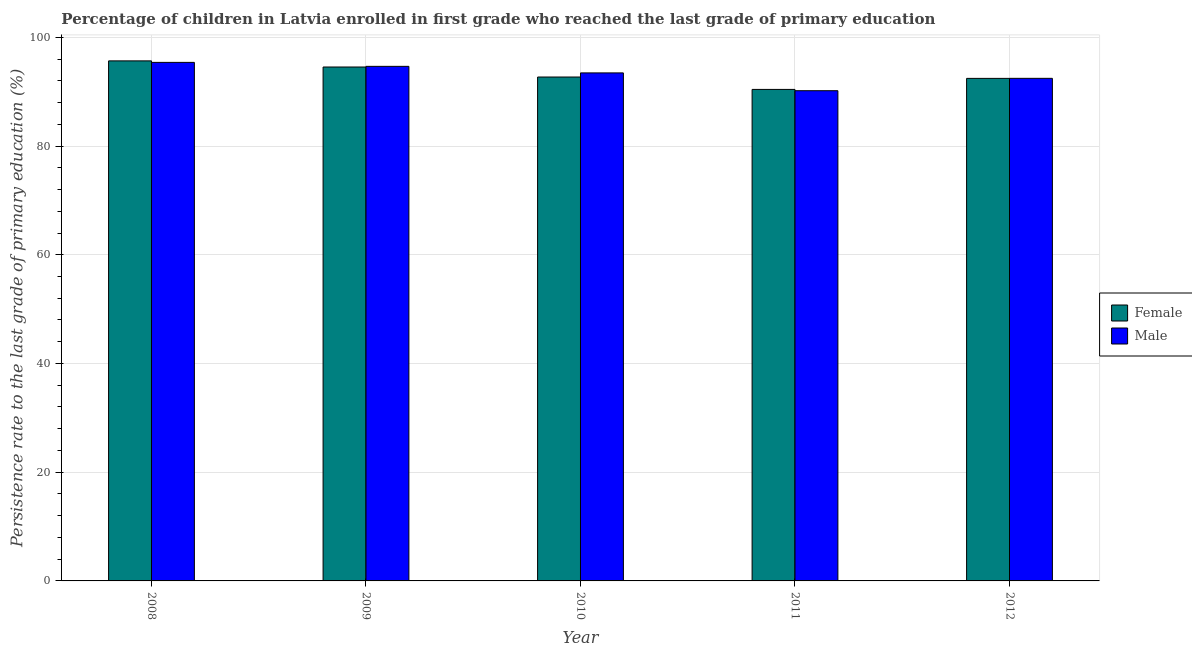
| Year | Female | Male |
 | --- | --- | --- |
 | 2008 | 95.7 | 95.4 |
 | 2009 | 94.5 | 94.7 |
 | 2010 | 92.7 | 93.5 |
 | 2011 | 90.4 | 90.2 |
 | 2012 | 92.4 | 92.5 |